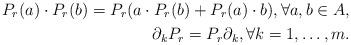
LaTeX: \begin{align*} P_r(a) \cdot P_r(b) = P_r(a \cdot P_r(b) + P_r(a) \cdot b), \forall a, b \in A,\\\partial_k P_r = P_r \partial_k,\forall k=1, \dots, m. \end{align*}